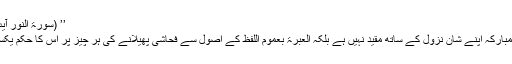
’’ (سورۃ النور آیت: ۱۹)
یہ آیت مبارکہ اپنے شان نزول کے ساتھ مقید نہیں ہے بلکہ العبرۃ بعموم اللفظ کے اصول سے فحاشی پھیلانے کی ہر چیز پر اس کا حکم یکساں ہے۔